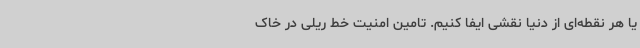
یا هر نقطه‌ای از دنیا نقشی ایفا کنیم. تامین امنیت خط ریلی در خاک